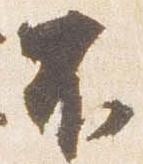
不